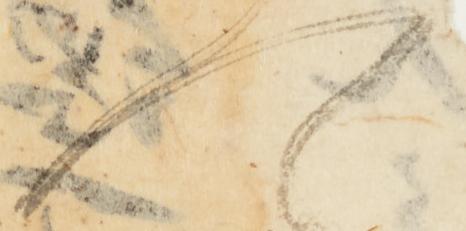
可